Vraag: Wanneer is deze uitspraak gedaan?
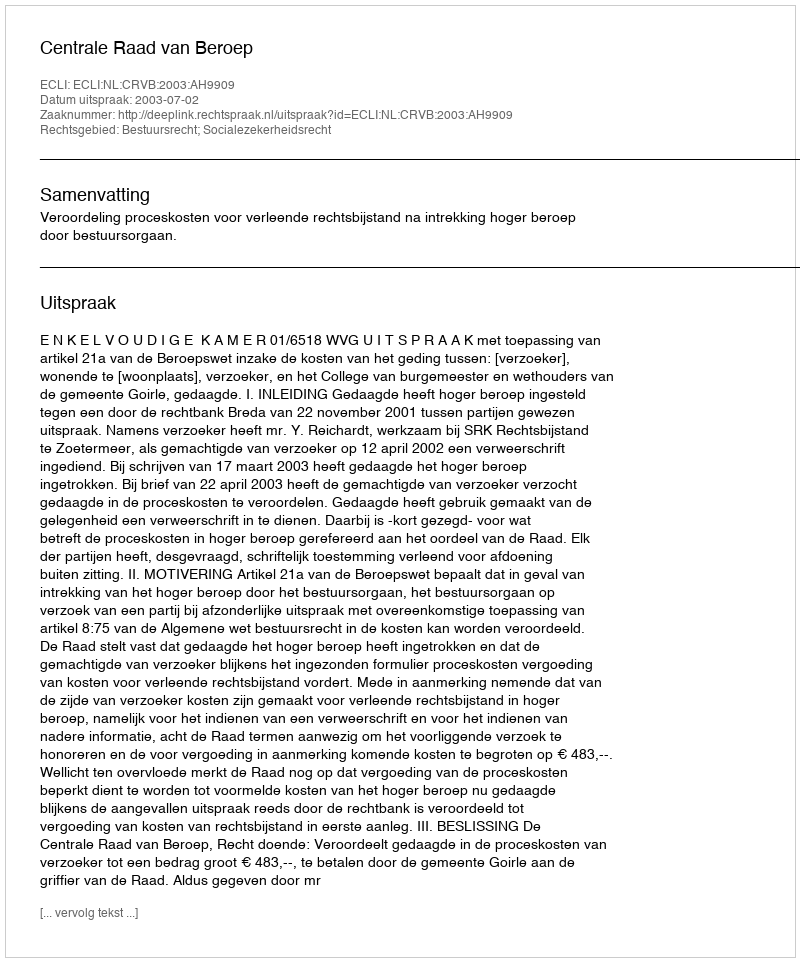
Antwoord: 2003-07-02